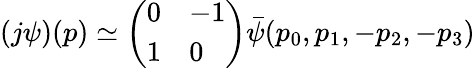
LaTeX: (j\psi)(p)\simeq\left(\begin{array}{ll}{{0}}&{{-1}}\\ {{1}}&{{0}}\end{array}\right)\bar{\psi}(p_{0},p_{1},-p_{2},-p_{3})